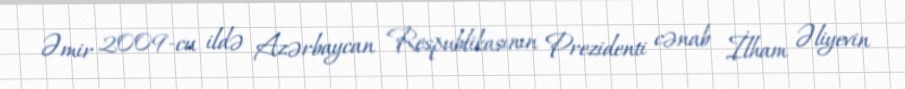
Əmir 2009-cu ildə Azərbaycan Respublikasının Prezidenti cənab İlham Əliyevin